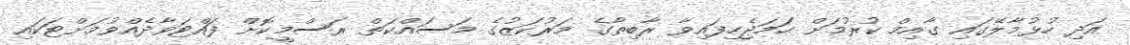
އަދި ހުޅުމާލޭގައި ގާއިމް ކުރުމަށް ހަމަޖެހިފައިވާ ރާބިތާގެ މަރުކަޒުގެ މަސައްކަތް ރަސްމީކޮށް ފައްޓަވާދެއްވުމަށްޓަކައި